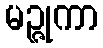
မဉ္ဇုကာ